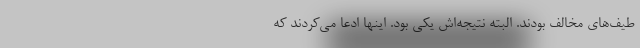
طیف‌های مخالف بودند. البته نتیجه‌اش یکی بود. اینها ادعا می‌کردند که